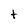
Character: t